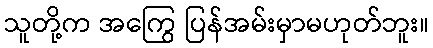
သူတို့က အကြွေ ပြန်အမ်းမှာမဟုတ်ဘူး။